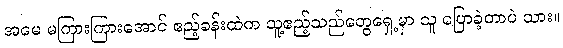
အမေ မကြားကြားအောင် ဧည့်ခန်းထဲက သူ့ဧည့်သည်တွေရှေ့မှာ သူ ပြောခဲ့တာပဲ သား။